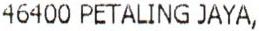
46400 PETALING JAYA,